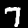
Label: 7